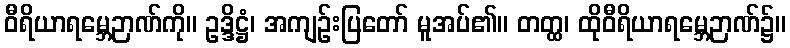
ဝီရိယာရမ္ဘေဉာဏ်ကို။ ဥဒ္ဒိဋ္ဌံ၊ အကျဉ်းပြတော် မူအပ်၏။ တတ္ထ၊ ထိုဝီရိယာရမ္ဘေဉာဏ်၌။